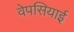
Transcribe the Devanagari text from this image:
वेपसियाई